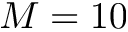
M = 1 0